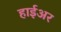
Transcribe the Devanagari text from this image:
हाईअर